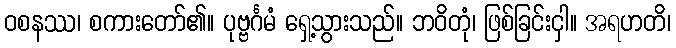
ဝစနဿ၊ စကားတော်၏။ ပုဗ္ဗင်္ဂမံ ရှေ့သွားသည်။ ဘဝိတုံ၊ ဖြစ်ခြင်းငှါ။ အရဟတိ၊